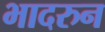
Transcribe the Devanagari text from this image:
भादरुन